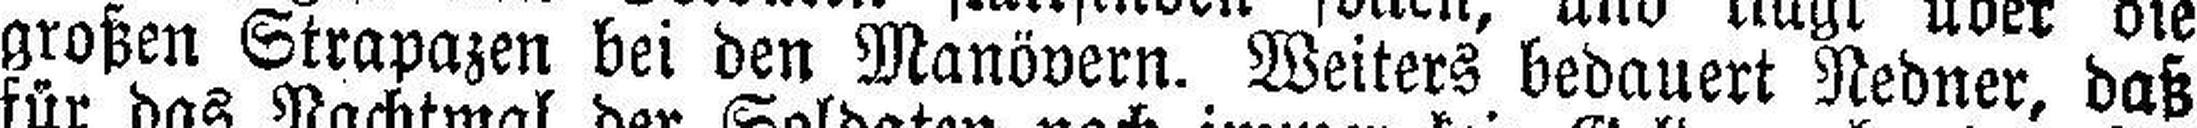
großen Strapazen bei den Manövern. Weiters bedauert Nedner, daß